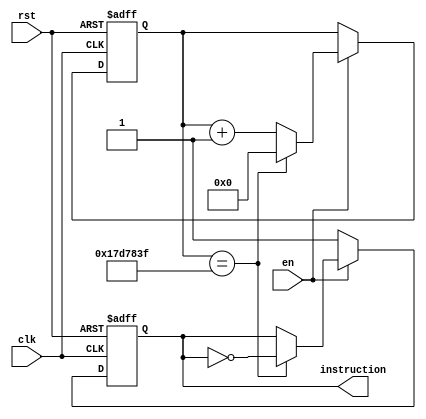
module flashing_instruction
(
	input wire en,
	input wire clk,
	input wire rst,
	output reg instruction
);
	
	parameter crystal_frequency = 26'd50_000_000;
	reg[24:0] frequency_divider;
	
	always@(posedge clk or negedge rst)
	begin
		if(~rst)
		begin
			frequency_divider <= 25'b0;
			instruction       <= 1'b1;
		end
		else
		begin
			if(en == 1'b1)
			begin
				if(frequency_divider == crystal_frequency/2-26'b1)// 1s/
				begin
					frequency_divider <= 20'b0;
					instruction       <= ~instruction;
				end
				else
					frequency_divider <= frequency_divider + 20'b1;
			end
			else
				instruction <= 1'b1;
		end
	end
endmodule